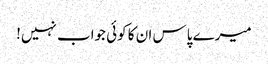
میرے پاس ان کا کوئی جواب نہیں!